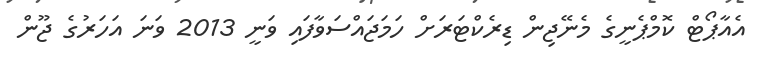
އެއާޕޯޓް ކޮމްޕެނީގެ މެނޭޖިން ޑިރެކްޓަރަށް ހަމަޖައްސަވާފައި ވަނީ 2013 ވަނަ އަހަރުގެ ޖޫން